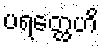
ပရတ္ထေဟိ